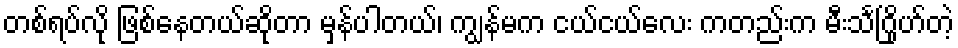
တစ်ရပ်လို ဖြစ်နေတယ်ဆိုတာ မှန်ပါတယ်၊ ကျွန်မက ငယ်ငယ်လေး ကတည်းက မီးသင်္ဂြိုဟ်တဲ့